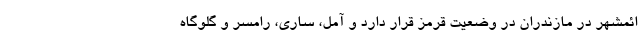
ائمشهر در مازندران در وضعیت قرمز قرار دارد و آمل، ساری، رامسر و گلوگاه